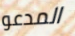
المدعو